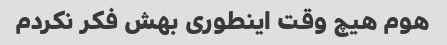
هوم هیچ وقت اینطوری بهش فکر نکردم